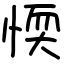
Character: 愞